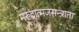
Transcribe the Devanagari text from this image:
मरुद्रात्मजसन्त्राता